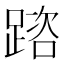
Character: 䠖